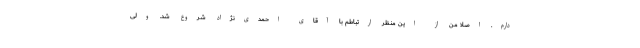
دارم. اصلا من از این منظر ارتباطم با آقای احمدی‌نژاد شروع شد. ولی